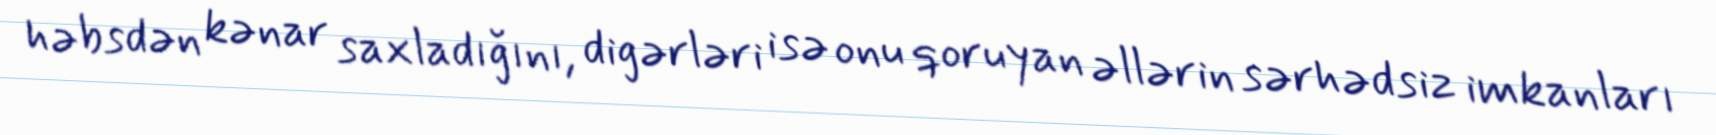
həbsdən kənar saxladığını, digərləri isə onu qoruyan əllərin sərhədsiz imkanları